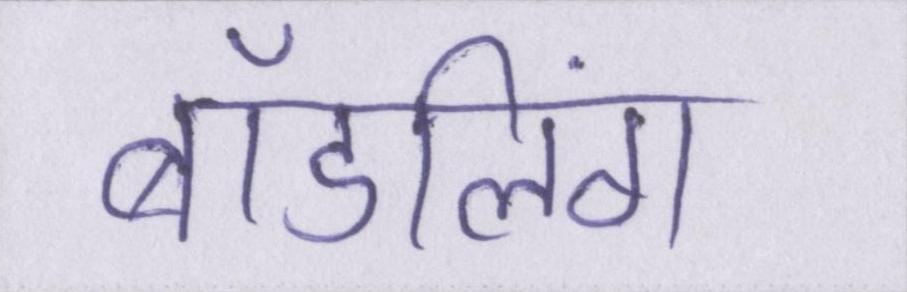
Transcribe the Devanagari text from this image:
बॉडलिंग